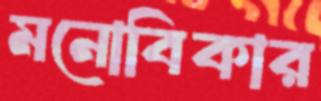
মনোবিকার